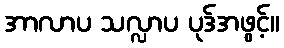
အာလာပ သလ္လာပ ပုဒ်အဖွင့်။